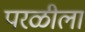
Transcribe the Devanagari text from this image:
परळीला